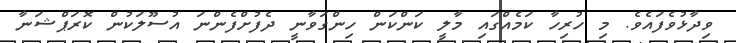
ވިދާޅުވެފައެވެ. މި ހުރިހާ ކަމެއްގައި މާލީ ކަންކަން ހިންގަވާނީ ދެފުށްފެންނަ އުސޫލަކުން ކޮރަޕްޝަނާ